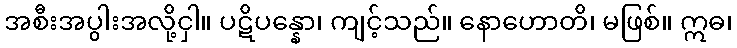
အစီးအပွါးအလို့ငှါ။ ပဋိပန္နော၊ ကျင့်သည်။ နောဟောတိ၊ မဖြစ်။ ဣဓ၊